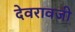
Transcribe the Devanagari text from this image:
देवरावजी